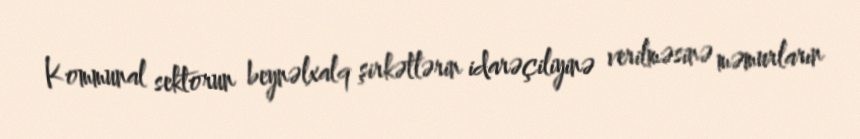
Kommunal sektorun beynəlxalq şirkətlərin idarəçiliyinə verilməsinə məmurların